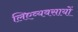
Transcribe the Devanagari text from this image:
लिएव्यवसायों